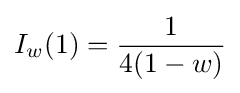
I_{w}(1)={\frac {1}{4(1-w)}}